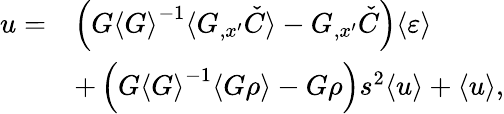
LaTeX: \begin{array}{rl}{u=}&{\left(G{\langle G\rangle}^{-1}\langle G_{,x^{\prime}}\check{C}\rangle-G_{,x^{\prime}}\check{C}\right)\langle\varepsilon\rangle}\\ &{+\left(G{\langle G\rangle}^{-1}\langle G\rho\rangle-G\rho\right)s^{2}\langle u\rangle+\langle u\rangle,}\end{array}